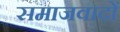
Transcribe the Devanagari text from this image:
समाजवादों